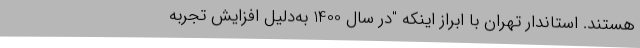
هستند. استاندار تهران با ابراز اینکه "در سال 1400 به‌دلیل افزایش تجربه